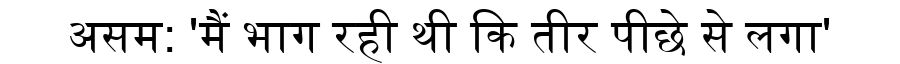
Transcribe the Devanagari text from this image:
असम: 'मैं भाग रही थी कि तीर पीछे से लगा'